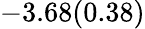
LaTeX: -3.68(0.38)